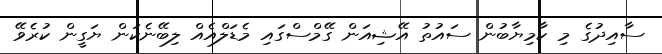
ސާއިދުގެ މި ކާމިޔާބުން ސައުތު އޭޝިއަން ގޭމްސްގައި މެޑަލްއެއް ލިބޭނެކަން ޔަގީން ކުރެވޭ